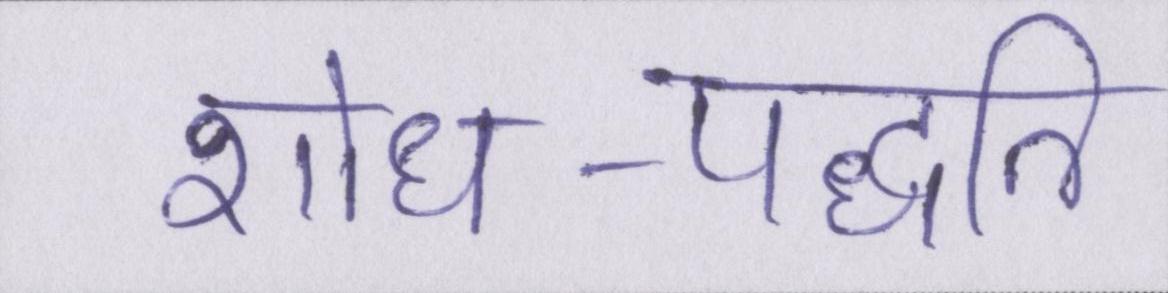
शोध-पद्धति